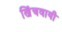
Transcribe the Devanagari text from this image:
खिंचवायी